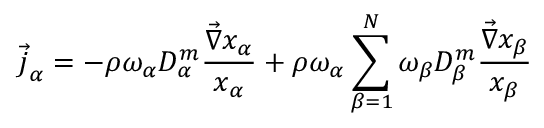
\Vec { \boldsymbol { j } } _ { \alpha } = - \rho \omega _ { \alpha } D _ { \alpha } ^ { m } \frac { \Vec { \boldsymbol { \nabla } } x _ { \alpha } } { x _ { \alpha } } + \rho \omega _ { \alpha } \sum _ { \beta = 1 } ^ { N } \omega _ { \beta } D _ { \beta } ^ { m } \frac { \Vec { \boldsymbol { \nabla } } x _ { \beta } } { x _ { \beta } }